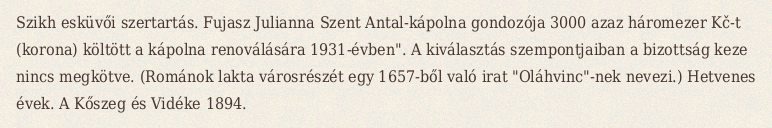
Szikh esküvői szertartás. Fujasz Julianna Szent Antal-kápolna gondozója 3000 azaz háromezer Kč-t (korona) költött a kápolna renoválására 1931-évben". A kiválasztás szempontjaiban a bizottság keze nincs megkötve. (Románok lakta városrészét egy 1657-ből való irat "Oláhvinc"-nek nevezi.) Hetvenes évek. A Kőszeg és Vidéke 1894.